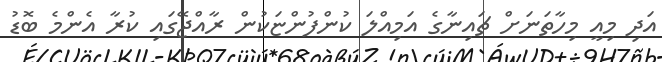
އަދި މިއީ މިހާތަނަށް ޗައިނާގެ އަމިއްލަ ކުންފުންޏަކުން ރާއްޖޭގައި ކުރާ އެންމެ ބޮޑު